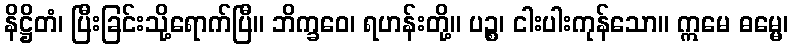
နိဋ္ဌိတံ၊ ပြီးခြင်းသို့ရောက်ပြီ။ ဘိက္ခဝေ၊ ရဟန်းတို့။ ပဉ္စ၊ ငါးပါးကုန်သော။ ဣမေ ဓမ္မေ၊